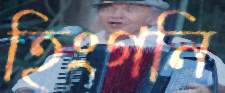
হিংগনি